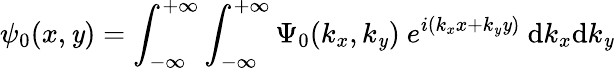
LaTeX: \psi_{0}(x,\mathit{y})=\int_{-\infty}^{+\infty}\int_{-\infty}^{+\infty}\Psi_{0}(k_{x},k_{\mathit{y}})~e^{i(k_{x}x+k_{\mathit{y}}\mathit{y})}~\mathrm{d}k_{x}\mathrm{d}k_{\mathit{y}}